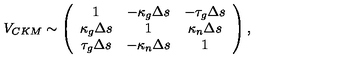
V _ { C K M } \sim \left( \begin{array} { c c c } { 1 } & { - \kappa _ { g } \Delta s } & { - \tau _ { g } \Delta s } \\ { \kappa _ { g } \Delta s } & { 1 } & { \kappa _ { n } \Delta s } \\ { \tau _ { g } \Delta s } & { - \kappa _ { n } \Delta s } & { 1 } \\ \end{array} \right) ,